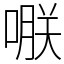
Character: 𠹻